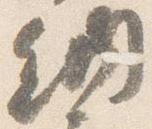
納